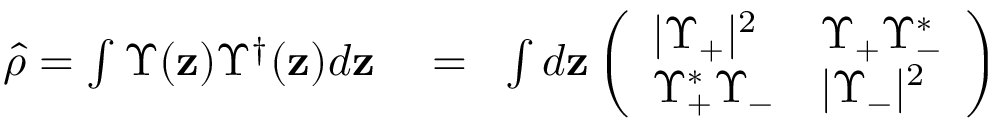
\begin{array} { r l r } { \hat { \rho } = \int \Upsilon ( \mathbf { z } ) \Upsilon ^ { \dag } ( \mathbf { z } ) d \mathbf { z } } & { { } = } & { \! \int d \mathbf { z } \left( \begin{array} { l l } { | \Upsilon _ { + } | ^ { 2 } } & { \Upsilon _ { + } \Upsilon _ { - } ^ { * } } \\ { \Upsilon _ { + } ^ { * } \Upsilon _ { - } } & { | \Upsilon _ { - } | ^ { 2 } } \end{array} \right) } \end{array}